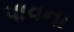
પાવના